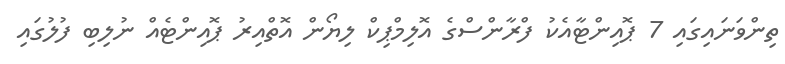
ތިންވަނައިގައި 7 ޕޮއިންޓާއެކު ފްރާންސްގެ އޮލިމްޕިކް ލިޔޯން އޮތްއިރު ޕޮއިންޓެއް ނުލިބި ފުލުގައި